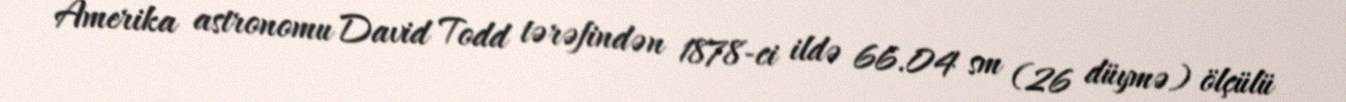
Amerika astronomu David Todd tərəfindən 1878-ci ildə 66.04 sm (26 düymə) ölçülü